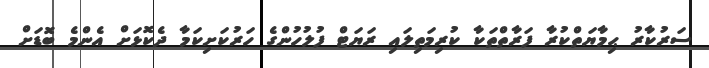
ސަރުކާރު ޙިމާޔަތްކުރާ ފަރާތްތަކާ ކުރިމަތިލައި ރަޔަޓް ފުލުހުންގެ ހަރުކަށިކަމާ ދެކޮޅަށް އެންމެ ބޮޑަށް